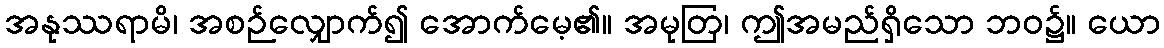
အနုဿရာမိ၊ အစဉ်လျှောက်၍ အောက်မေ့၏။ အမုတြ၊ ဤအမည်ရှိသော ဘဝ၌။ ယော